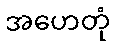
အဟေတုံ